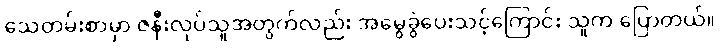
သေတမ်းစာမှာ ဇနီးလုပ်သူအတွက်လည်း အမွေခွဲပေးသင့်ကြောင်း သူက ပြောတယ်။